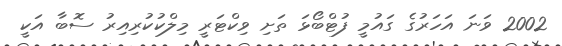
2002 ވަނަ އަހަރުގެ ގައުމީ ފުޓްބޯޅަ ތަށި ވިކްޓަރީ މިލްކުކުރިއިރު ސޮބާ އަކީ